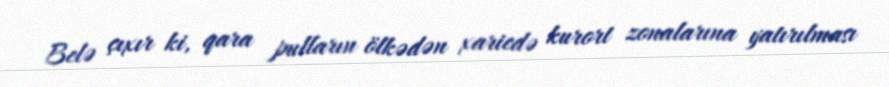
Belə çıxır ki, qara pulların ölkədən xaricdə kurort zonalarına yatırılması